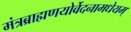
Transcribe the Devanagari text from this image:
मंत्रब्राह्मणयोर्वेदनामधेयम्